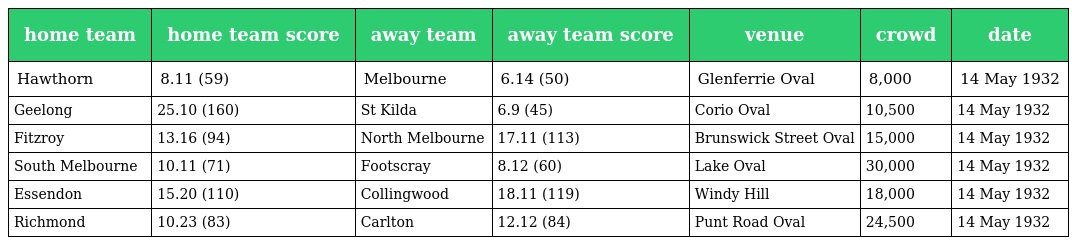
| home team | home team score | away team | away team score | venue | crowd | date |
 | --- | --- | --- | --- | --- | --- | --- |
 | Hawthorn | 8.11 (59) | Melbourne | 6.14 (50) | Glenferrie Oval | 8,000 | 14 May 1932 |
 | Geelong | 25.10 (160) | St Kilda | 6.9 (45) | Corio Oval | 10,500 | 14 May 1932 |
 | Fitzroy | 13.16 (94) | North Melbourne | 17.11 (113) | Brunswick Street Oval | 15,000 | 14 May 1932 |
 | South Melbourne | 10.11 (71) | Footscray | 8.12 (60) | Lake Oval | 30,000 | 14 May 1932 |
 | Essendon | 15.20 (110) | Collingwood | 18.11 (119) | Windy Hill | 18,000 | 14 May 1932 |
 | Richmond | 10.23 (83) | Carlton | 12.12 (84) | Punt Road Oval | 24,500 | 14 May 1932 |